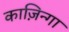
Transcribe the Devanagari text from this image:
काज़िन्गा